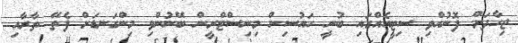
ޖިހާދަށް ފޮނުއްވި ސިޓީއެއްގައި ބުނީ ހައުސިން މިނިސްޓްރީން ބޭނުންވި މިންގަނޑަށް ފެތޭ ތާރާއި